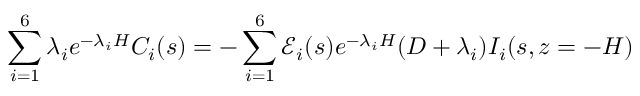
\sum _ { i = 1 } ^ { 6 } \lambda _ { i } e ^ { - \lambda _ { i } H } C _ { i } ( s ) = - \sum _ { i = 1 } ^ { 6 } \mathscr { E } _ { i } ( s ) e ^ { - \lambda _ { i } H } ( D + \lambda _ { i } ) I _ { i } ( s , z = - H )